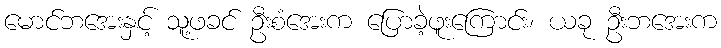
မောင်ဘအေးနှင့် သူ့ဖခင် ဦးစံအေးက ပြောခဲ့ဖူးကြောင်း၊ ယခု ဦးဘအေးက